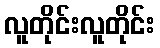
လူတိုင်းလူတိုင်း